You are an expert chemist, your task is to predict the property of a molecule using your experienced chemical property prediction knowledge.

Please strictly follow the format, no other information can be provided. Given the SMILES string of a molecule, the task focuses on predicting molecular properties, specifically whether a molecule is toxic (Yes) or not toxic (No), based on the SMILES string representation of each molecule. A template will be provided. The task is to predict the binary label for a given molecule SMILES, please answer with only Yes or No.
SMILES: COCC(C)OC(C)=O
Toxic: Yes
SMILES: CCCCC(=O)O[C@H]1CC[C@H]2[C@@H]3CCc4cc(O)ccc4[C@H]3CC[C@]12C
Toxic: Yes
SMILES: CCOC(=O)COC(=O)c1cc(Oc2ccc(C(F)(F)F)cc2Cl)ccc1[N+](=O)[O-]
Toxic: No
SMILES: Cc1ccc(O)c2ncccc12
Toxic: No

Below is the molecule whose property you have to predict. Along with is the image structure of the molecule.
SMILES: Cc1nnc2n1-c1sc(Br)cc1C(c1ccccc1Cl)=NC2
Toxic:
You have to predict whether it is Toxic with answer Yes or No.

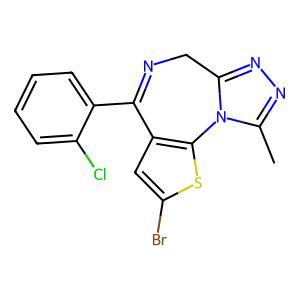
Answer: No